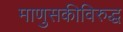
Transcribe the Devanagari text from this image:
माणुसकीविरुद्ध